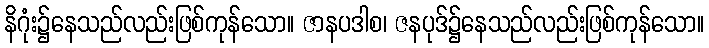
နိဂုံး၌နေသည်လည်းဖြစ်ကုန်သော။ ဇာနပဒါစ၊ ဇနပုဒ်၌နေသည်လည်းဖြစ်ကုန်သော။